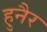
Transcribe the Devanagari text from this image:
हुनैर